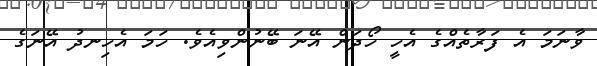
ވާނަމަ އެ ފަރާތެއްގެ އެހީ ހޯދަން އޭނަ ބޭނުންވިއެވެ. ހަމަ އެހިނދު އޭނަގެ